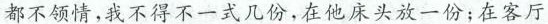
都不领情，我不得不一式几份；在客厅